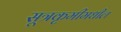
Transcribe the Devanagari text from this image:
सूत्रकृमीमधील